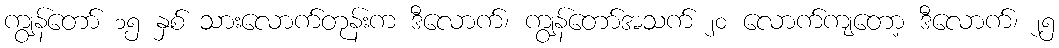
ကျွန်တော် ၁၅ နှစ် သားလောက်တုန်းက ဒီလောက်၊ ကျွန်တော်အသက် ၂၀ လောက်ကျတော့ ဒီလောက်၊ ၂၅